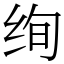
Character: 绚